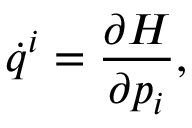
\dot { q } ^ { i } = \frac { \partial H } { \partial p _ { i } } ,